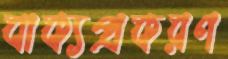
বাক্যপ্রকরণ